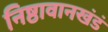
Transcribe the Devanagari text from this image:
निष्ठावानखंडं